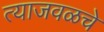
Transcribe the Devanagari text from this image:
त्याजवळचे